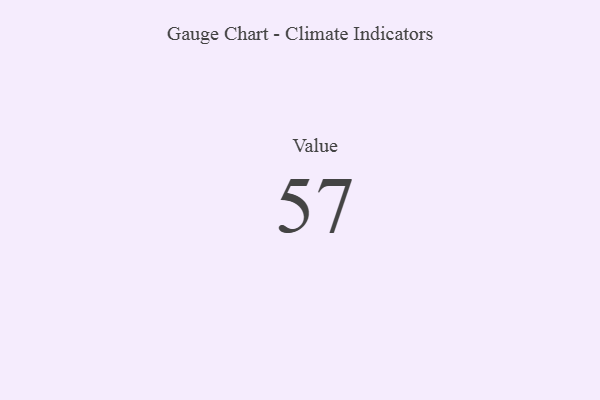
{"axis": {"x": "Metric", "y": "Value"}, "legend": [""], "data": [{"x": "Value", "y": 57, "type": ""}]}